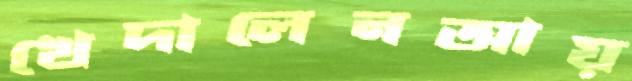
খেদালেনআয়